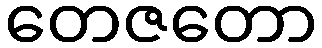
တေဇတော